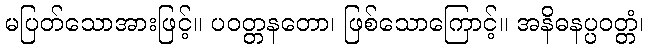
မပြတ်သောအားဖြင့်။ ပဝတ္တနတော၊ ဖြစ်သောကြောင့်။ အနိဓနပ္ပဝတ္တံ၊